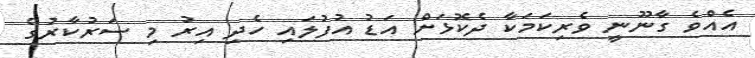
އެއްވެ ގާނޫނީ ވެރިކަމަކާ ދެކޮޅަށް އަޑު އުފުލައި ހެދި އިރު މި ސަރުކާރުގެ